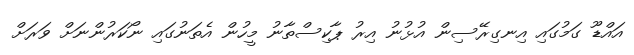
އައްޑޫ ގަމުގައި އިނގިރޭސިން އުޅުނު އިރު ޕާކިސްތާނު މީހުން އެތަނުގައި ނޯކަރުންނަށް ވަރަށް